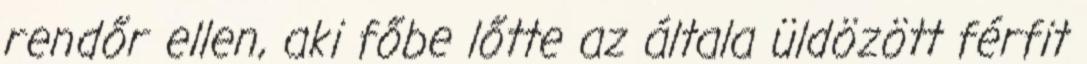
rendőr ellen, aki főbe lőtte az általa üldözött férfit